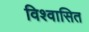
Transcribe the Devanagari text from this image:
विश्वासित